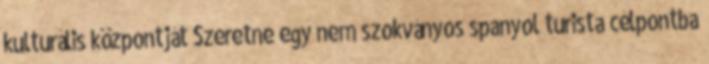
kulturális központját Szeretne egy nem szokványos spanyol turista célpontba